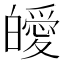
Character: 皧